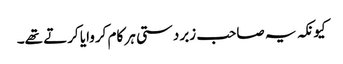
کیونکہ یہ صاحب زبردستی ہر کام کروایا کرتے تھے۔